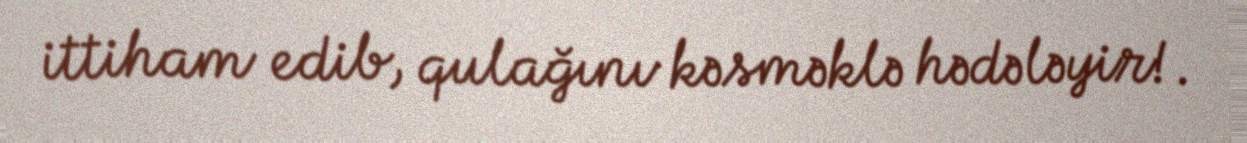
ittiham edib, qulağını kəsməklə hədələyir!.